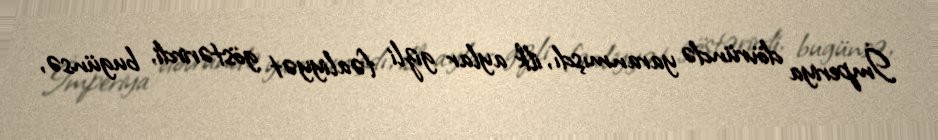
İmperiya dövründə yaranmışdı, ilk aylar gizli fəaliyyət göstərirdi, bugünsə,